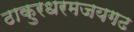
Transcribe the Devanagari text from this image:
ठाकुरधरमजयगढ